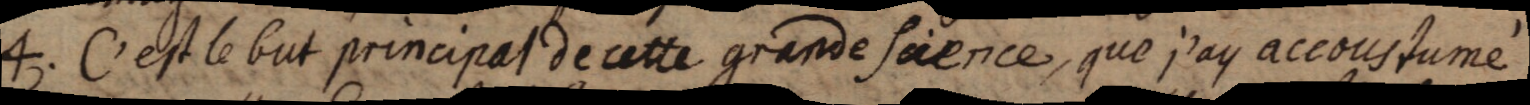
4. C’est le but principal de cette grande science, que j’ay accoustumé